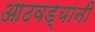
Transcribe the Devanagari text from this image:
आठवड्यानी